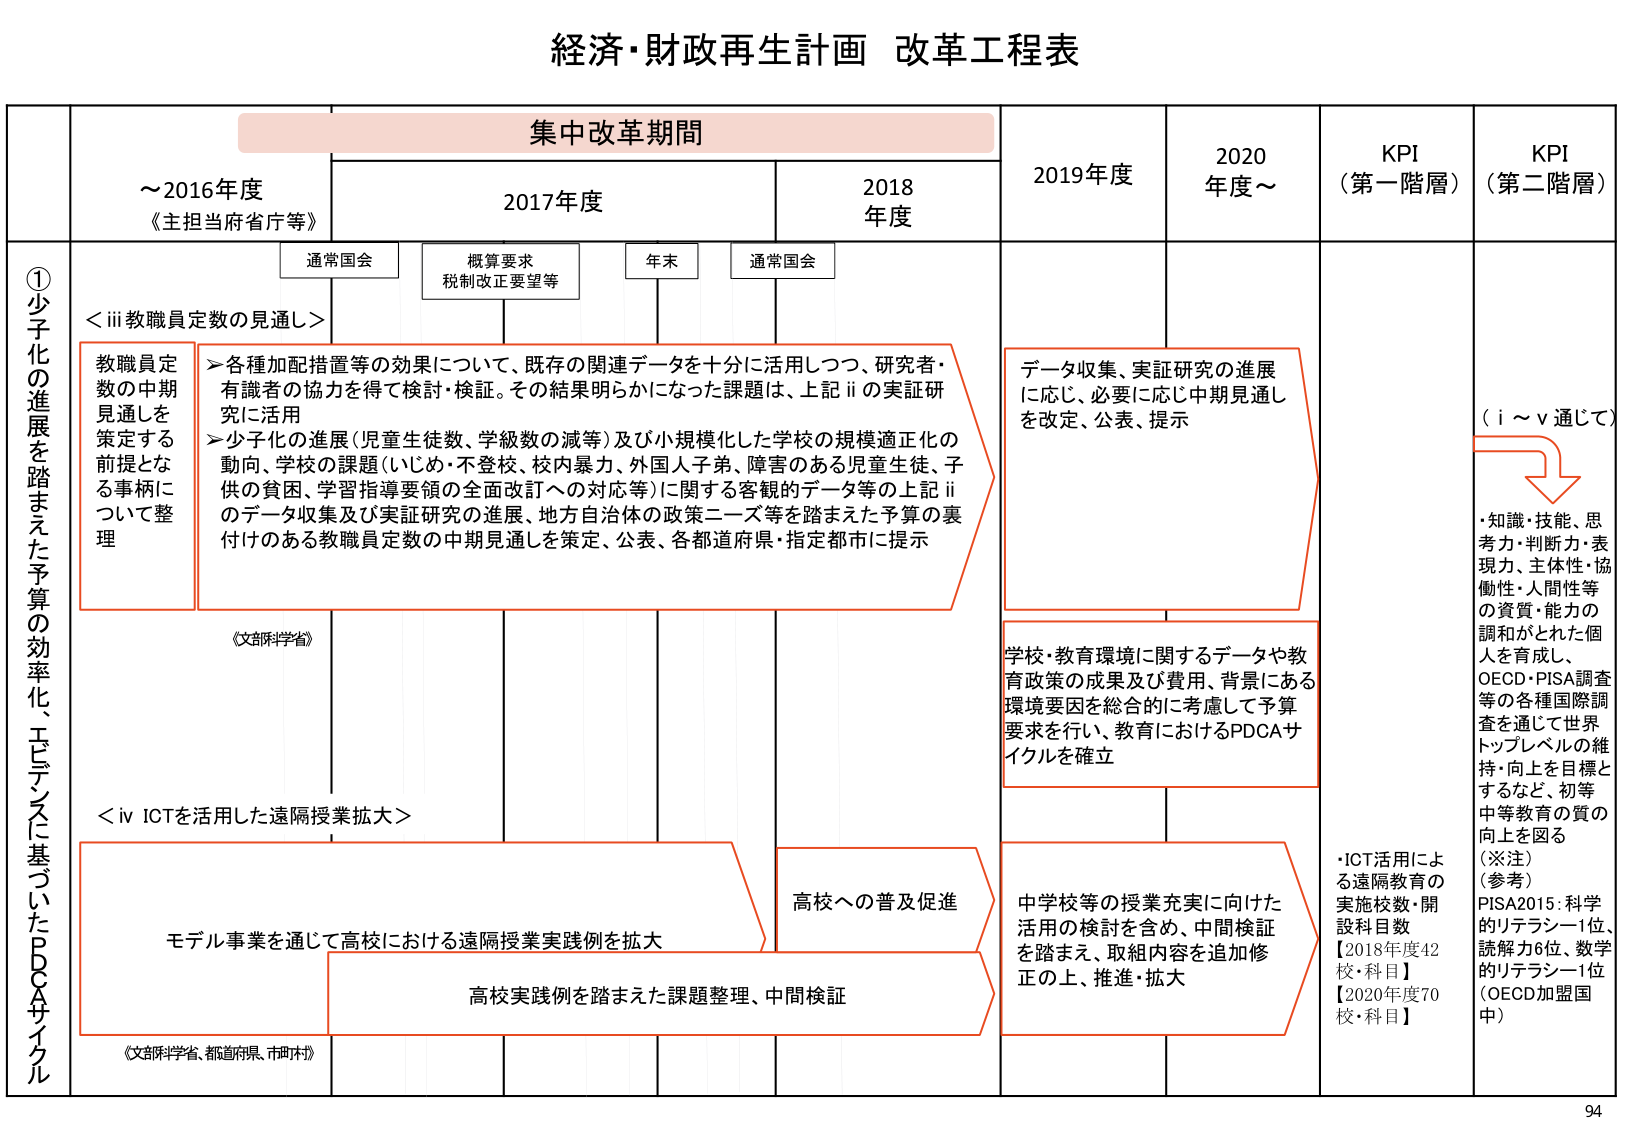
経済・財政再生計画 改革工程表

集中改革期間

～2016年度
《主担当省庁等》

2017年度

2018年度

2019年度

2020年度～

KPI
（第一階層）

KPI
（第二階層）

①少子化の進展を踏まえた予算の効率化、エビデンスに基づいたPDCAサイクル

通常国会

概算要求
税制改正要望等

年末

通常国会

＜iii 教職員定数の見通し＞

教職員定数の中期見通しを策定する前提となる事柄について整理

＞各種加配措置等の効果について、既存の関連データを十分に活用しつつ、研究者・有識者の協力を得て検討・検証。その結果明らかになった課題は、上記iiの実証研究に活用
＞少子化の進展（児童生徒数、学級数の減等）及び小規模化した学校の規模適正化の動向、学校の課題（いじめ・不登校、校内暴力、外国人子弟、障害のある児童生徒、子供の貧困、学習指導要領の全面改訂への対応等）に関する客観的データ等の上記iiのデータ収集及び実証研究の進展、地方自治体の政策ニーズ等を踏まえた予算の裏付けのある教職員定数の中期見通しを策定、公表、各都道府県・指定都市に提示

データ収集、実証研究の進展に応じ、必要に応じ中期見通しを改定、公表、提示

（i～v通じて）

・知識・技能、思考力・判断力・表現力、主体性・協働性・人間性等の資質・能力の調和がとれた個人を育成し、
OECD・PISA調査等の各種国際調査を通じて世界トップレベルの維持・向上を目指とするなど、初等中等教育の質の向上を図る

（※注）
（参考）
PISA2015：科学のリテラシー1位、読解力6位、数学のリテラシー1位（OECD加盟国中）

《文部科学省》

学校・教育環境に関するデータや教育政策の成果及び費用、背景にある環境要因を総合的に考慮して予算要求を行い、教育におけるPDCAサイクルを確立

＜iv ICTを活用した遠隔授業拡大＞

モデル事業を通じて高校における遠隔授業実践例を拡大

高校への普及促進

高校実践例を踏まえた課題整理、中間検証

中学校等の授業充実に向けた活用の検討を含め、中間検証を踏まえ、取組内容を追加修正の上、推進・拡大

・ICT活用による遠隔教育の実施校数・開設科目数
【2018年度42校・科目】
【2020年度70校・科目】

《文部科学省、都道府県、市町村》

94